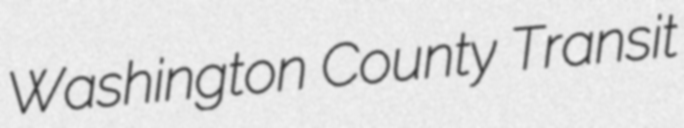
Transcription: Washington County Transit